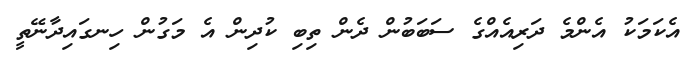
އެކަމަކު އެންމެ ދަރިއެއްގެ ސަބަބުން ދެން ތިބި ކުދިން އެ މަގުން ހިނގައިދާނޭތީ